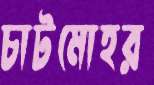
চাটমোহর